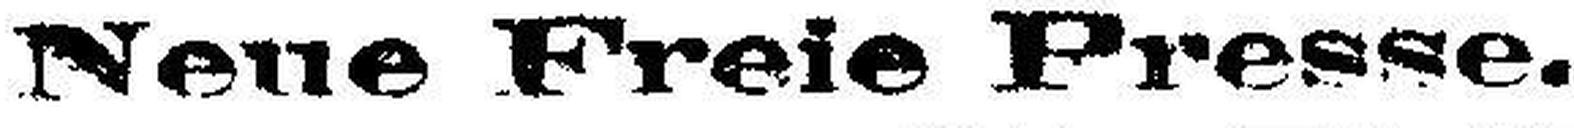
Neue Freie Presse.